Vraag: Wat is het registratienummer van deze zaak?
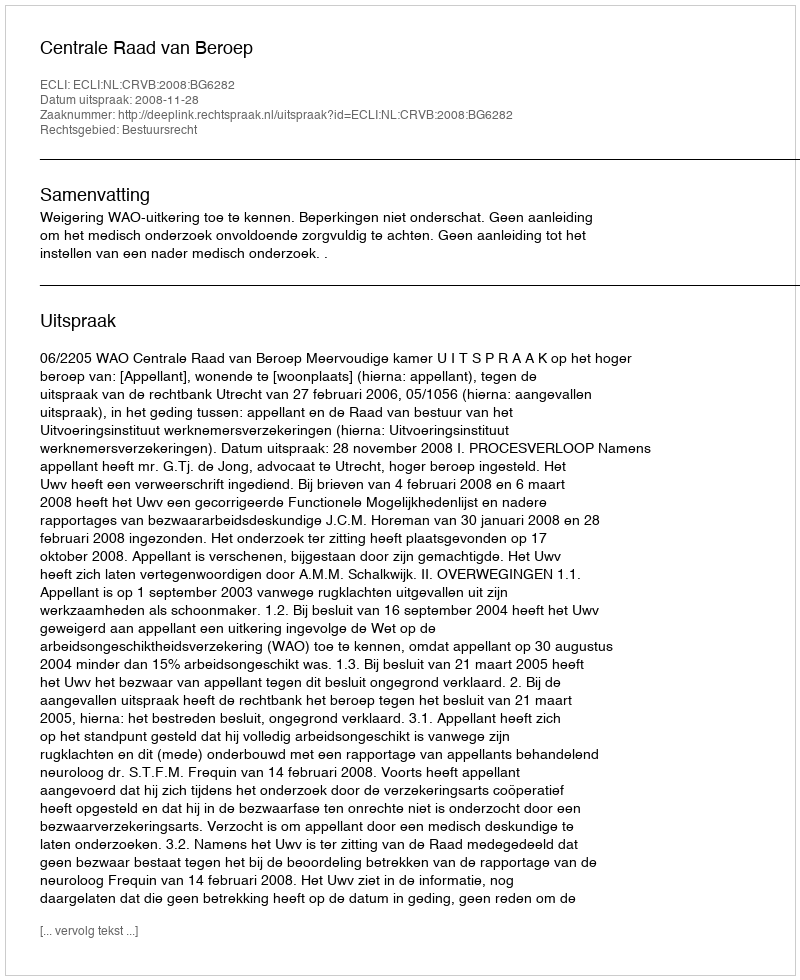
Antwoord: http://deeplink.rechtspraak.nl/uitspraak?id=ECLI:NL:CRVB:2008:BG6282